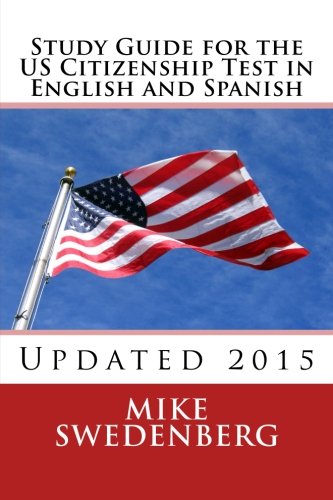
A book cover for Study Guide for the US Citizenship Test in English and Spanish: Updated 2015 (Study Guides for the US Citizenship Test Translated and Annotated) (Volume 1); Mike Swedenberg; Test Preparation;